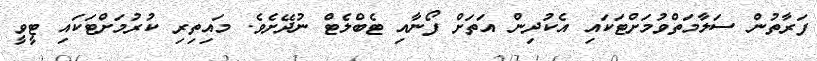
ފަރާތުން ސަލާމަތްވުމަށްޓަކައި އެކުދިން އަތަށް ފޯނާއި ޓެބްލެޓް ނުދޭށެވެ. މައިތިރި ކުރުމަށްޓަކައި ޓީވީ